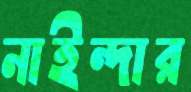
নাইন্দার